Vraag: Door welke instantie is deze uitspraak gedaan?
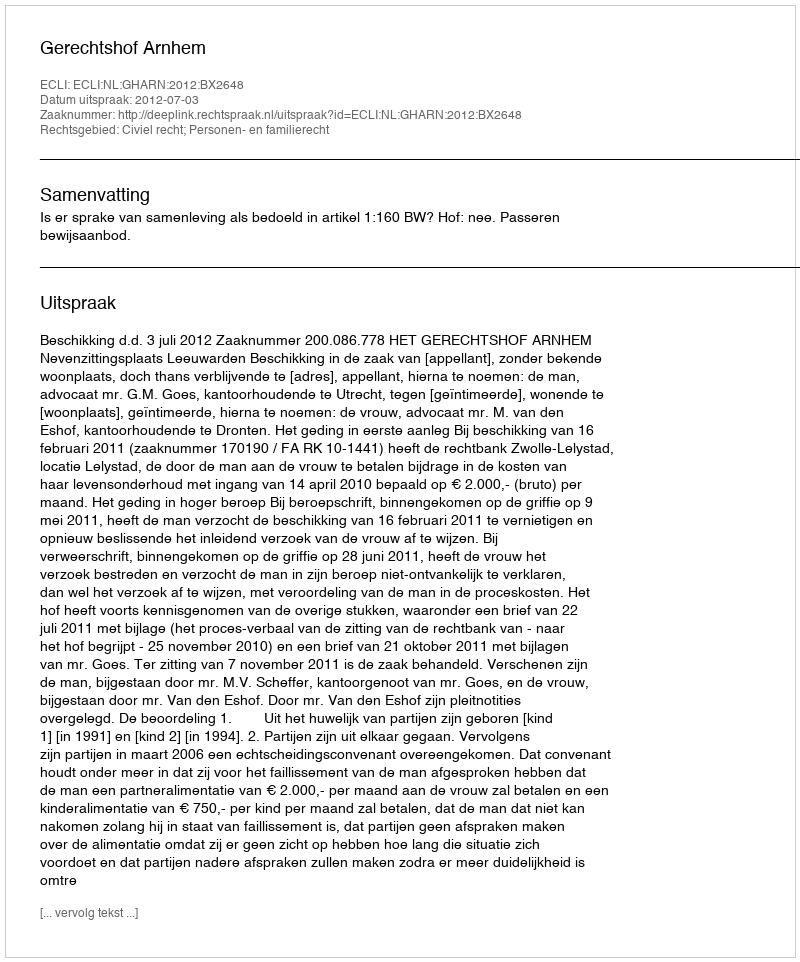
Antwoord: Gerechtshof Arnhem